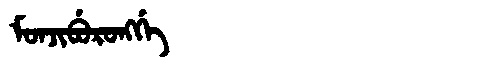
Manchu: ᠮᠣᠨᠵᡳᠪᡠᡵᠣᠩᡤᡝ
Romanization: MONJIBURONGGE